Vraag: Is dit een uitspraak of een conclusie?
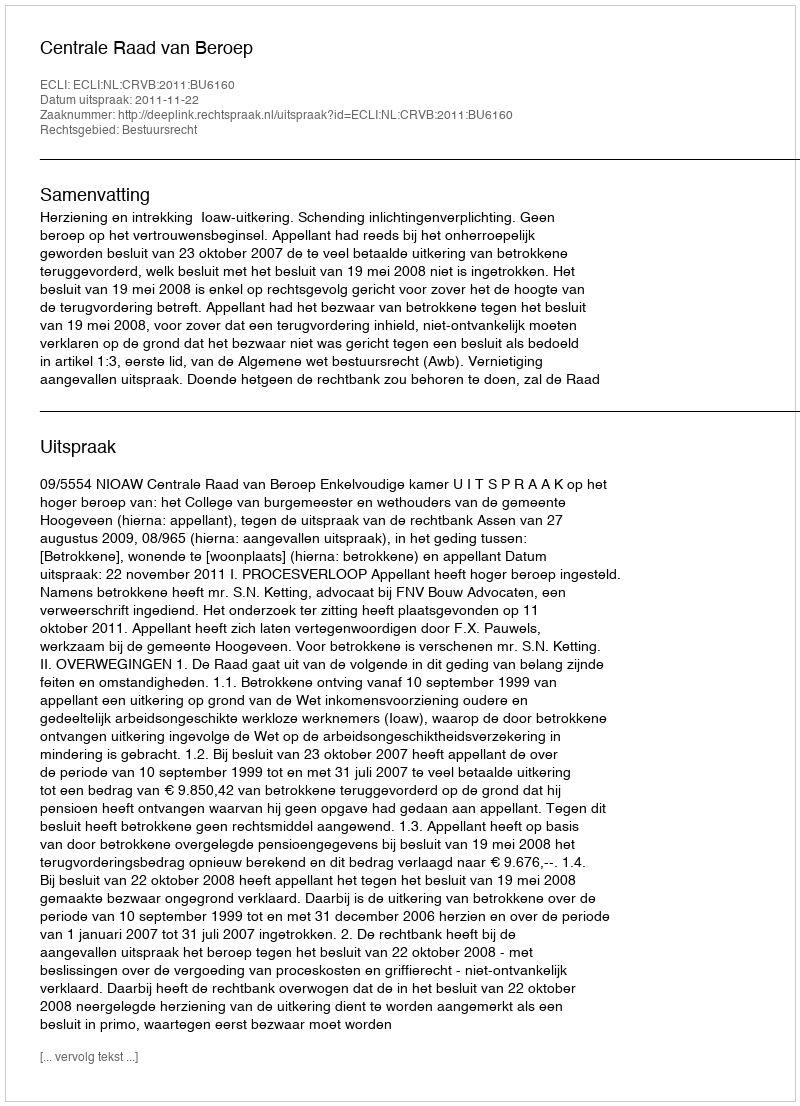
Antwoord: Uitspraak